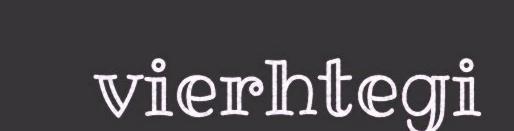
vierhtegi